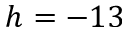
h = - 1 3